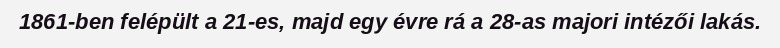
1861-ben felépült a 21-es, majd egy évre rá a 28-as majori intézői lakás.